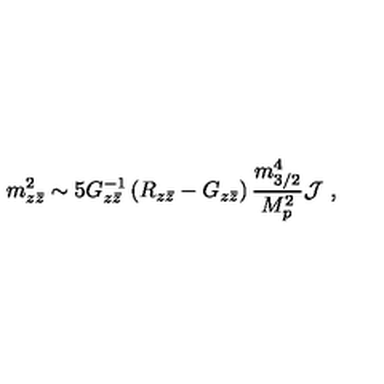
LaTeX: m _ { z { \bar { z } } } ^ { 2 } \sim 5 G _ { z { \bar { z } } } ^ { - 1 } \left( R _ { z { \bar { z } } } - G _ { z { \bar { z } } } \right) { \frac { m _ { 3 / 2 } ^ { 4 } } { M _ { p } ^ { 2 } } } { \cal J } \ ,